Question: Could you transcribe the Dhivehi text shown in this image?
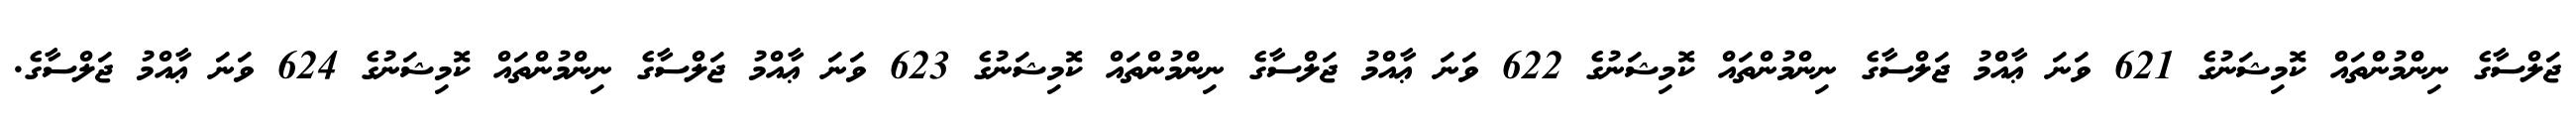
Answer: ޖަލްސާގެ ނިންމުންތައް ކޮމިޝަނުގެ 621 ވަނަ ޢާއްމު ޖަލްސާގެ ނިންމުންތައް ކޮމިޝަނުގެ 622 ވަނަ ޢާއްމު ޖަލްސާގެ ނިންމުންތައް ކޮމިޝަނުގެ 623 ވަނަ ޢާއްމު ޖަލްސާގެ ނިންމުންތައް ކޮމިޝަނުގެ 624 ވަނަ ޢާއްމު ޖަލްސާގެ.